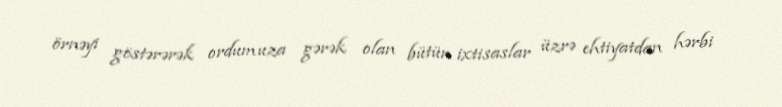
örnəyi göstərərək ordumuza gərək olan bütün ixtisaslar üzrə ehtiyatdan hərbi